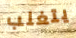
يتغلب